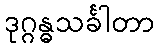
ဒုဂ္ဂန္ဓသင်္ခါတာ